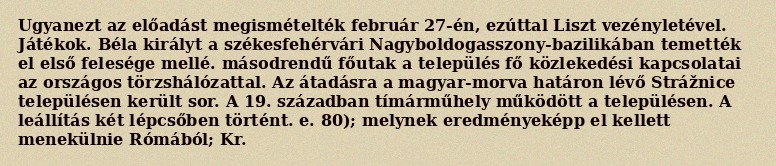
Ugyanezt az előadást megismételték február 27-én, ezúttal Liszt vezényletével. Játékok. Béla királyt a székesfehérvári Nagyboldogasszony-bazilikában temették el első felesége mellé. másodrendű főutak a település fő közlekedési kapcsolatai az országos törzshálózattal. Az átadásra a magyar-morva határon lévő Strážnice településen került sor. A 19. században tímárműhely működött a településen. A leállítás két lépcsőben történt. e. 80); melynek eredményeképp el kellett menekülnie Rómából; Kr.